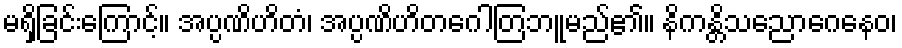
မရှိခြင်းကြောင့်။ အပ္ပဏိဟိတံ၊ အပ္ပဏိဟိတဂေါတြဘူမည်၏။ နိကန္တိသညောဂေနေဝ၊